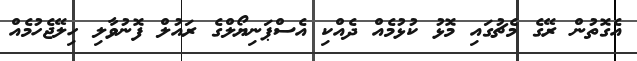
އެގޮތުން ރޭގެ މެޗުގައި މޮޅު ކުޅުމެއް ދެއްކި އެސްޕަނިޔޯލްގެ ރައުލް ފޮނުވާލި ހިލޭޖެހުމެއް